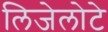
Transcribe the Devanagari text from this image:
लिजेलोटे